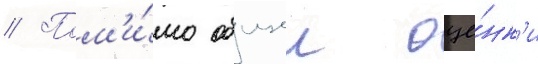
// Пом'и́мо общеи оце́нк'и